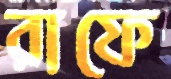
রাফে